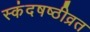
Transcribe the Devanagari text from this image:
स्कंदषष्ठीव्रत